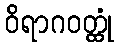
ဝိရာဂဝတ္ထုံ